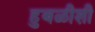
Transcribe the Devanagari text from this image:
हुबळीशी